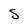
Character: S